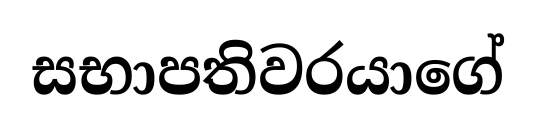
සභාපතිවරයාගේ